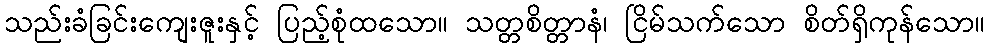
သည်းခံခြင်းကျေးဇူးနှင့် ပြည့်စုံထသော။ သတ္တစိတ္တာနံ၊ ငြိမ်သက်သော စိတ်ရှိကုန်သော။